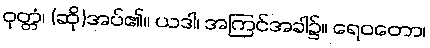
ဝုတ္တံ၊ (ဆို)အပ်၏။ ယဒါ၊ အကြင်အခါ၌။ ရေဝတော၊